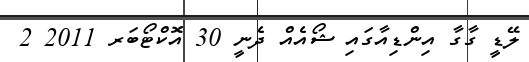
ލޭޑީ ގާގާ އިންޑިއާގައި ޝޯއެއް ދެނީ 30 އޮކްޓޯބަރ 2011 2